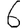
Digit: 6